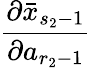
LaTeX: \frac{\partial\bar{x}_{s_{2}-1}}{\partial a_{r_{2}-1}}